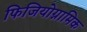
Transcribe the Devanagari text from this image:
फिजियोग्नामिक